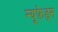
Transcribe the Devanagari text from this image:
न्यूफ़ेड्स